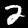
Label: 2